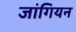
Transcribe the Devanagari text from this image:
जांगियन